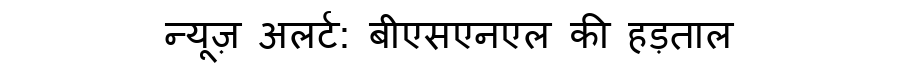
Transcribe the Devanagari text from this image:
न्यूज़ अलर्ट: बीएसएनएल की हड़ताल